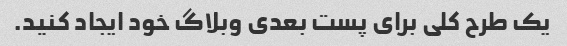
یک طرح کلی برای پست بعدی وبلاگ خود ایجاد کنید.